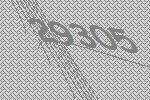
29305